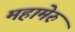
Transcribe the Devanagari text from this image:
महामेरुं